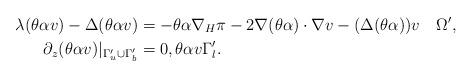
LaTeX: \begin{align*}\lambda(\theta\alpha v) - \Delta(\theta\alpha v) &= - \theta\alpha\nabla_H\pi - 2\nabla(\theta\alpha)\cdot\nabla v - (\Delta(\theta\alpha)) v \quad\Omega', \\\partial_z(\theta\alpha v)|_{\Gamma_u' \cup \Gamma_b'} &= 0, \theta\alpha v \Gamma_l'.\end{align*}